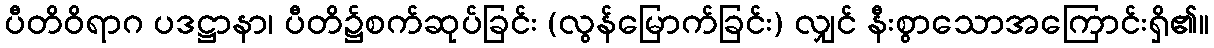
ပီတိဝိရာဂ ပဒဋ္ဌာနာ၊ ပီတိ၌စက်ဆုပ်ခြင်း (လွန်မြောက်ခြင်း) လျှင် နီးစွာသောအကြောင်းရှိ၏။